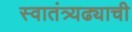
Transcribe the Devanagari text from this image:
स्वातंत्र्यढ्याची